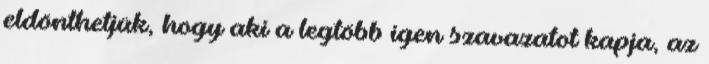
eldönthetjük, hogy aki a legtöbb igen szavazatot kapja, az